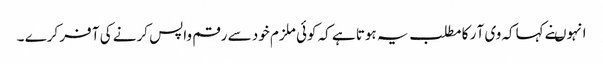
انہوںنے کہاکہ وی آ ر کا مطلب یہ ہوتا ہے کہ کوئی ملزم خود سے رقم واپس کرنے کی آ فر کرے ۔